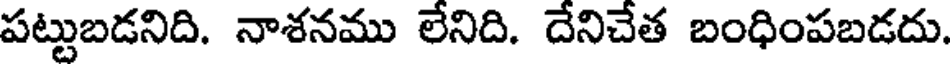
పట్టుబడనిది. నాశనము లేనిది. దేనిచేత బంధింపబడదు.